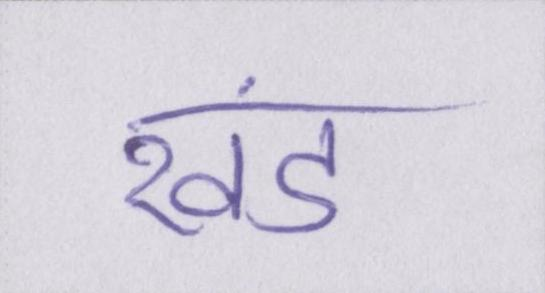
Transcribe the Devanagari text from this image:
खंड